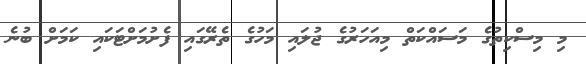
މި މިސްކިތުގެ މަސައްކަތް މިއަހަރުގެ ޖުލައި މަހުގެ ތެރޭގައި ފެށުމަށްޓަކައި ކަމަށް ބުނެ